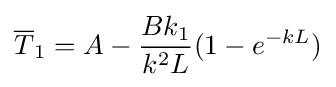
{\overline {T}}_{1}=A-{\frac {Bk_{1}}{k^{2}L}}(1-e^{-kL})